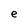
Character: e